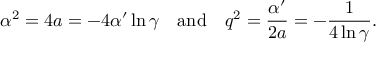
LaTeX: \alpha ^ { 2 } = 4 a = - 4 \alpha ^ { \prime } \ln \gamma ~ ~ ~ \mathrm { a n d } ~ ~ ~ q ^ { 2 } = \frac { \alpha ^ { \prime } } { 2 a } = - \frac { 1 } { 4 \ln \gamma } .